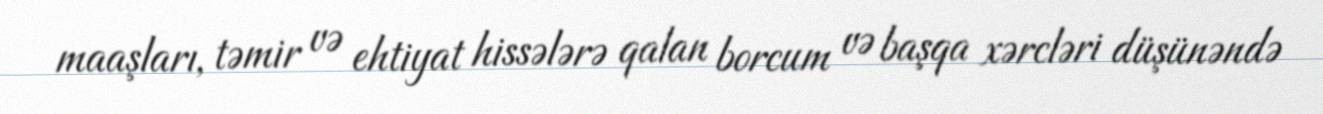
maaşları, təmir və ehtiyat hissələrə qalan borcum və başqa xərcləri düşünəndə